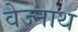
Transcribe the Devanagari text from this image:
वेज्नाथ